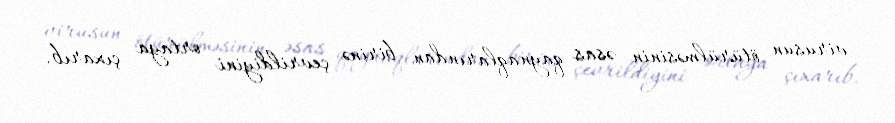
virusun ötürülməsinin əsas qaynaqlarından birinə çevrildiyini ortaya çıxarıb.